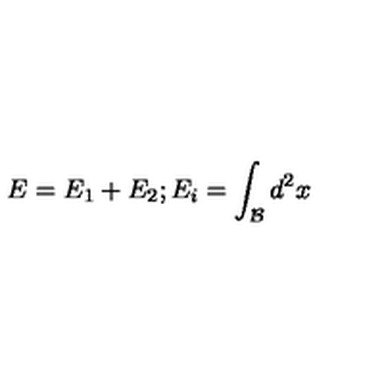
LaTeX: E = E _ { 1 } + E _ { 2 } ; E _ { i } = \int _ { \mathcal { B } } d ^ { 2 } x